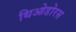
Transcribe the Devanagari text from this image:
थिओडोरस